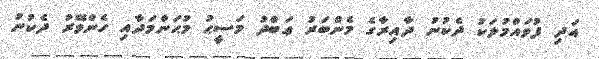
އަދި ފުވައްމުލަކު ދެކުނު ދާއިރާގެ މެންބަރު ޢަބްދު މަސީޙު މުޙަންމަދާއި ހެންވޭރު ދެކުނު